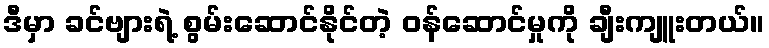
ဒီမှာ ခင်ဗျားရဲ့ စွမ်းဆောင်နိုင်တဲ့ ဝန်ဆောင်မှုကို ချီးကျူးတယ်။